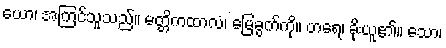
ယော၊ အကြင်သူသည်။ မတ္တိကထာလံ၊ မြေခွက်ကို။ ဟရေ၊ ခိုးယူ၏။ သော၊